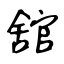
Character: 舘